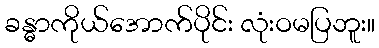
ခန္ဓာကိုယ်အောက်ပိုင်း လုံးဝမပြဘူး။